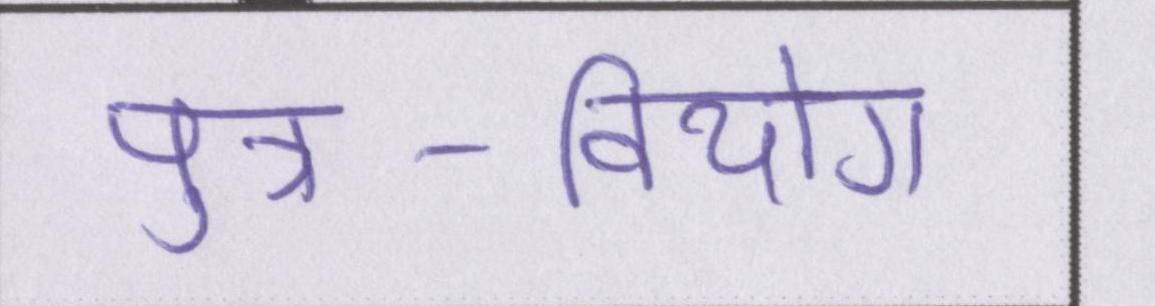
पुत्र-वियोग